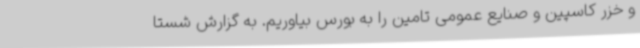
و خزر کاسپین و صنایع عمومی تامین را به بورس بیاوریم. به گزارش شستا